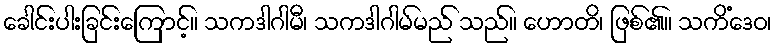
ခေါင်းပါးခြင်းကြောင့်။ သကဒါဂါမီ၊ သကဒါဂါမ်မည် သည်။ ဟောတိ၊ ဖြစ်၏။ သကိံဒေဝ၊